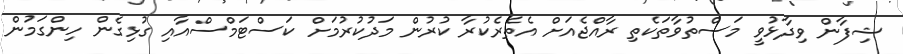
ޝިފާން ވިދާޅުވީ މަސްތުވާތަކެތި ރާއްޖެއަށް އެތެރެކުރާ ކުރުން މަދުކުރުމަށް ކަސްޓަމްސްއާއި ގުޅިގެން ހިންގަމުން